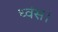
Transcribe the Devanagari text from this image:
ध्वंस।